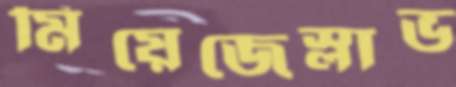
মিয়েজেস্লাভ